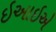
ઇઆઇએ